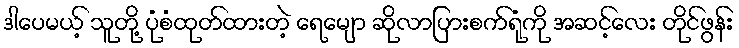
ဒါပေမယ့် သူတို့ ပုံစံထုတ်ထားတဲ့ ရေမျော ဆိုလာပြားစက်ရုံကို အဆင့်လေး တိုင်ဖွန်း